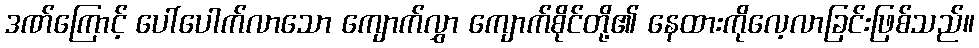
ဒဏ်ကြောင့် ပေါ်ပေါက်လာသော ကျောက်လွှာ ကျောက်စိုင်တို့၏ နေထားကိုလေ့လာခြင်းဖြစ်သည်။